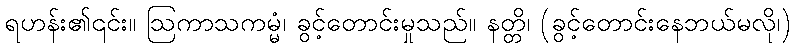
ရဟန်း၏၎င်း။ ဩကာသကမ္မံ၊ ခွင့်တောင်းမှုသည်။ နတ္တိ၊ (ခွင့်တောင်းနေဘယ်မလို၊)